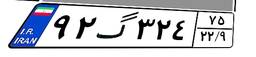
۹۲گ۳۲۴۷۵